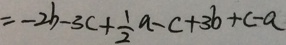
= - 2 b - 3 c + \frac { 1 } { 2 } a - c + 3 b + c - a